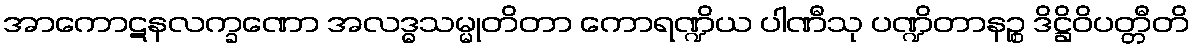
အာကောဋနလက္ခဏော အလဒ္ဓသမ္မုတိတာ ကောရဏ္ဍိယ ပါဏီသု ပဏ္ဍိတာနဉ္စ ဒိဋ္ဌိဝိပတ္တီတိ